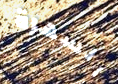
السهرة